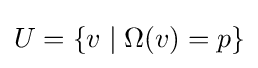
U=\{v\mid \Omega (v)=p\}